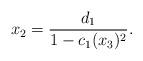
LaTeX: \begin{align*}x_2=\frac{d_1}{1-c_1(x_3)^2}.\end{align*}